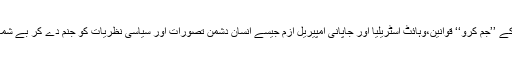
اسی عصبیت نے امتیازِ رنگ (apartheid ) غلامی، نازی ازم،امریکہ کے ’’جِم کرو‘‘ قوانین،وہائٹ آسٹریلیا اور جاپانی امپیریل ازم جیسے انسان دشمن تصوّرات اور سیاسی نظریات کو جنم دے کر بے شمار معصوم انسانوں کی خونریزی کی اور عظیم تر انسانی اقدار کو تلف کیا۔